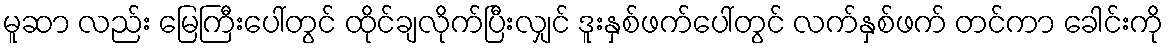
မူဆာ လည်း မြေကြီးပေါ်တွင် ထိုင်ချလိုက်ပြီးလျှင် ဒူးနှစ်ဖက်ပေါ်တွင် လက်နှစ်ဖက် တင်ကာ ခေါင်းကို